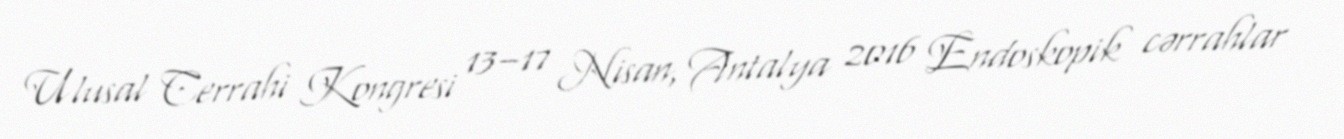
Ulusal Cerrahi Kongresi 13–17 Nisan, Antalya 2016 Endoskopik cərrahlar